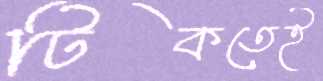
টিকতেই